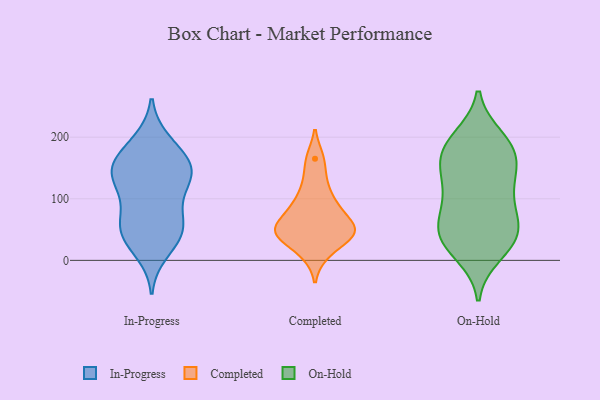
{"axis": {"x": "Active Users", "y": "Value"}, "legend": ["Completed", "In-Progress", "On-Hold"], "data": [{"x": "", "y": 33, "type": "In-Progress"}, {"x": "", "y": 62, "type": "In-Progress"}, {"x": "", "y": 133, "type": "In-Progress"}, {"x": "", "y": 70, "type": "In-Progress"}, {"x": "", "y": 109, "type": "In-Progress"}, {"x": "", "y": 194, "type": "In-Progress"}, {"x": "", "y": 146, "type": "In-Progress"}, {"x": "", "y": 46, "type": "In-Progress"}, {"x": "", "y": 143, "type": "In-Progress"}, {"x": "", "y": 159, "type": "In-Progress"}, {"x": "", "y": 104, "type": "In-Progress"}, {"x": "", "y": 54, "type": "In-Progress"}, {"x": "", "y": 13, "type": "In-Progress"}, {"x": "", "y": 190, "type": "In-Progress"}, {"x": "", "y": 43, "type": "In-Progress"}, {"x": "", "y": 155, "type": "In-Progress"}, {"x": "", "y": 139, "type": "In-Progress"}, {"x": "", "y": 156, "type": "In-Progress"}, {"x": "", "y": 88, "type": "Completed"}, {"x": "", "y": 41, "type": "Completed"}, {"x": "", "y": 89, "type": "Completed"}, {"x": "", "y": 52, "type": "Completed"}, {"x": "", "y": 42, "type": "Completed"}, {"x": "", "y": 57, "type": "Completed"}, {"x": "", "y": 11, "type": "Completed"}, {"x": "", "y": 46, "type": "Completed"}, {"x": "", "y": 126, "type": "Completed"}, {"x": "", "y": 165, "type": "Completed"}, {"x": "", "y": 198, "type": "On-Hold"}, {"x": "", "y": 185, "type": "On-Hold"}, {"x": "", "y": 79, "type": "On-Hold"}, {"x": "", "y": 116, "type": "On-Hold"}, {"x": "", "y": 62, "type": "On-Hold"}, {"x": "", "y": 11, "type": "On-Hold"}, {"x": "", "y": 179, "type": "On-Hold"}, {"x": "", "y": 128, "type": "On-Hold"}, {"x": "", "y": 37, "type": "On-Hold"}, {"x": "", "y": 37, "type": "On-Hold"}, {"x": "", "y": 191, "type": "On-Hold"}, {"x": "", "y": 161, "type": "On-Hold"}, {"x": "", "y": 35, "type": "On-Hold"}, {"x": "", "y": 140, "type": "On-Hold"}, {"x": "", "y": 95, "type": "On-Hold"}, {"x": "", "y": 160, "type": "On-Hold"}, {"x": "", "y": 58, "type": "On-Hold"}, {"x": "", "y": 29, "type": "On-Hold"}]}